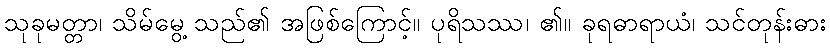
သုခုမတ္တာ၊ သိမ်မွေ့ သည်၏ အဖြစ်ကြောင့်။ ပုရိသဿ၊ ၏။ ခုရဓာရာယံ၊ သင်တုန်းဓား